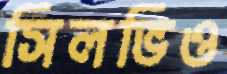
সিলভিও